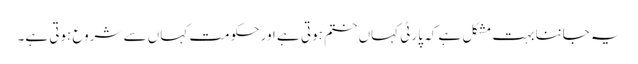
یہ جاننا بہت مشکل ہے کہ پارٹی کہاں ختم ہوتی ہے اور حکومت کہاں سے شروع ہوتی ہے۔